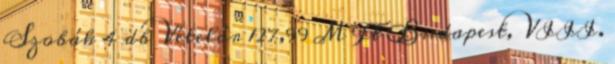
Szobák 4 db Vételár 127,99 M Ft Budapest, VIII.